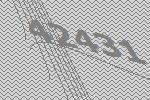
42431